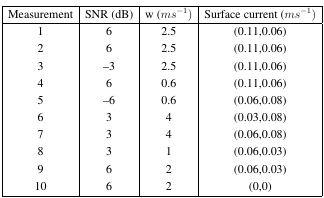
<table><thead><tr><td><b>Measurement</b></td><td><b>SNR (dB)</b></td><td><b>w (<i>ms</i><sup>−1</sup>)</b></td><td><b>Surface current (<i>ms</i><sup>−1</sup>)</b></td></tr></thead><tbody><tr><td>1</td><td>6</td><td>2.5</td><td>(0.11,0.06)</td></tr><tr><td>2</td><td>6</td><td>2.5</td><td>(0.11,0.06)</td></tr><tr><td>3</td><td>−3</td><td>2.5</td><td>(0.11,0.06)</td></tr><tr><td>4</td><td>6</td><td>0.6</td><td>(0.11,0.06)</td></tr><tr><td>5</td><td>−6</td><td>0.6</td><td>(0.06,0.08)</td></tr><tr><td>6</td><td>3</td><td>4</td><td>(0.03,0.08)</td></tr><tr><td>7</td><td>3</td><td>4</td><td>(0.06,0.08)</td></tr><tr><td>8</td><td>3</td><td>1</td><td>(0.06,0.03)</td></tr><tr><td>9</td><td>6</td><td>2</td><td>(0.06,0.03)</td></tr><tr><td>10</td><td>6</td><td>2</td><td>(0,0)</td></tr></tbody></table>